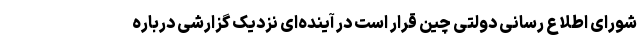
شورای اطلاع رسانی دولتی چین قرار است در آینده‌ای نزدیک گزارشی درباره